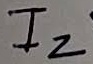
Text: I2